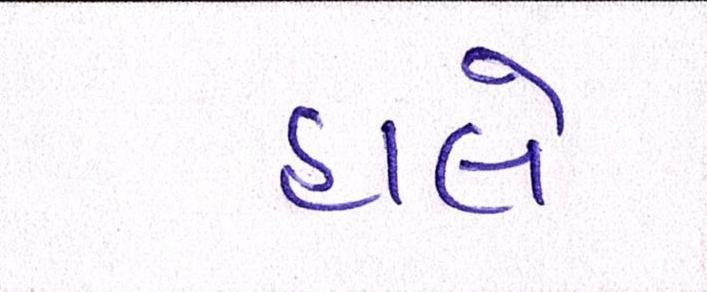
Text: હાલે